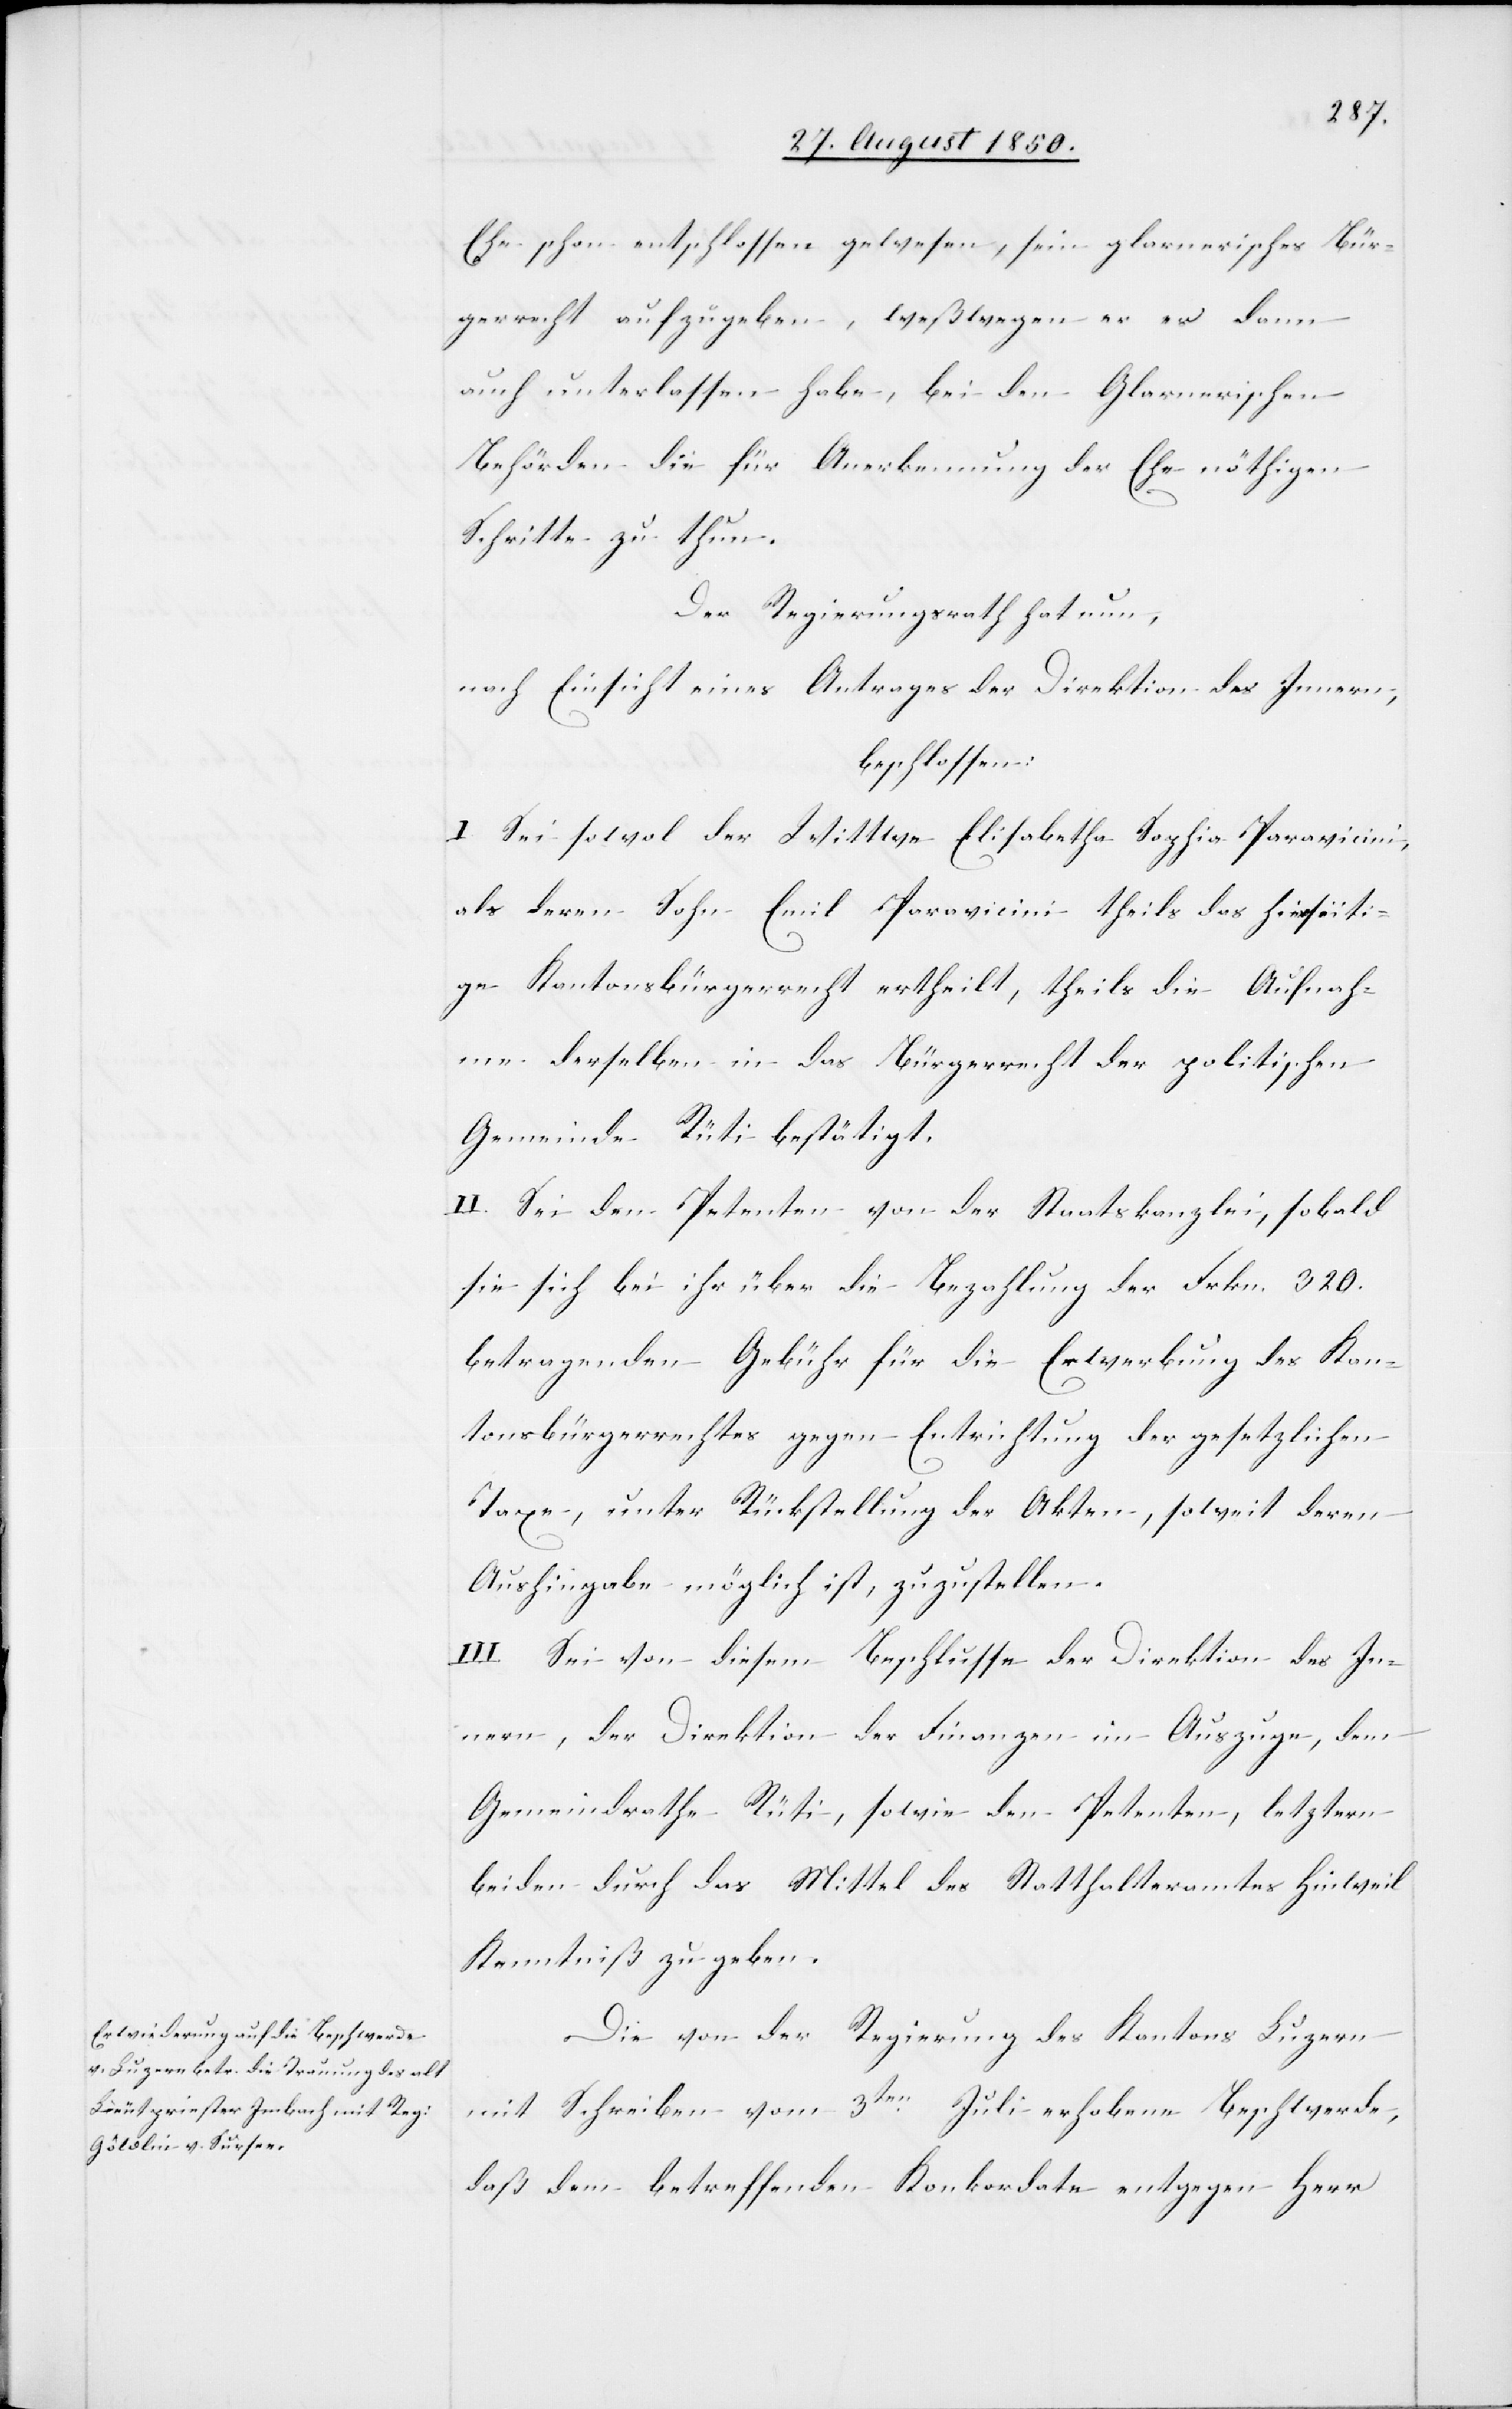
Ehe schon entschlossen gewesen, sein glarnerisches Bür¬
gerrecht aufzugeben, weßwegen er es dann
auch unterlassen habe, bei den Glarnerischen
Behörden die für Anerkennung der Ehe nöthigen
Schritte zu thun.
Der Regierungsrath hat nun,
nach Einsicht eines Antrages der Direktion des Innern,
beschlossen:
I. Sei sowol der Wittwe Elisabetha Sophia Paravicini,
als deren Sohn Emil Paravicini theils das hierseiti¬
ge Kantonsbürgerrecht ertheilt, theils die Aufnah¬
me derselben in das Bürgerrecht der politischen
Gemeinde Rüti bestätigt.
II. Sei den Petenten von der Staatskanzlei, sobald
sie sich bei ihr über die Bezahlung der Frkn. 320.
betragenden Gebühr für die Erwerbung des Kan¬
tonsbürgerrechtes gegen Entrichtung der gesetzlichen
Taxe, unter Rückstellung der Akten, soweit deren
Aushingabe möglich ist, zuzustellen.
III. Sei von diesem Beschlusse der Direktion des In¬
nern, der Direktion der Finanzen im Auszuge, dem
Gemeindrathe Rüti, sowie den Petenten, letztern
beiden durch das Mittel des Statthalteramtes Hinweil
Kenntniß zu geben.
Die von der Regierung des Kantons Luzern
mit Schreiben vom 3ten Juli erhobene Beschwerde,
daß dem betreffenden Konkordate entgegen Herr